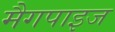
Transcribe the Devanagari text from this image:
मैगपाइज